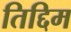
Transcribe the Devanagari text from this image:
तिद्दिम